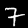
Digit: 7